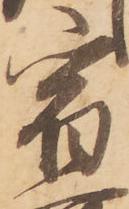
宿